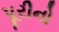
પૂરીનો